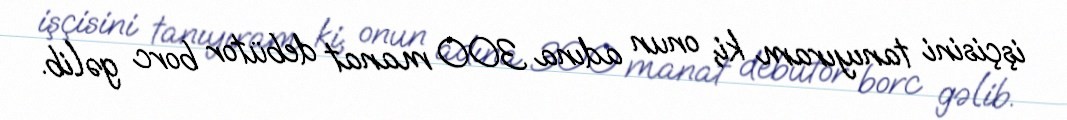
işçisini tanıyıram ki, onun adına 300 manat debütor borc gəlib.